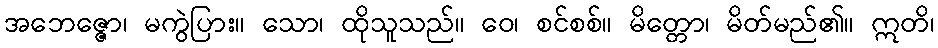
အဘေဇ္ဇော၊ မကွဲပြား။ သော၊ ထိုသူသည်။ ဝေ၊ စင်စစ်။ မိတ္တော၊ မိတ်မည်၏။ ဣတိ၊